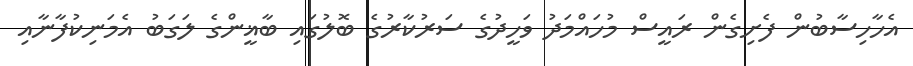
އެހާހިސާބުން ފެށިގެން ރައީސް މުހައްމަދު ވަހީދުގެ ސަރުކާރުގެ ބޮލުގައި ބާޣީންގެ ލަގަބު އެމަނިކުފާނާއި